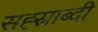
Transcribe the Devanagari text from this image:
सह्स्राब्दी